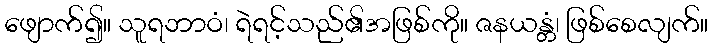
ဖျောက်၍။ သူရဘာဝံ၊ ရဲရင့်သည်၏အဖြစ်ကို။ ဇနယန္တံ၊ ဖြစ်စေလျက်။